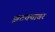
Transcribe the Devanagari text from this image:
झटक्यावर